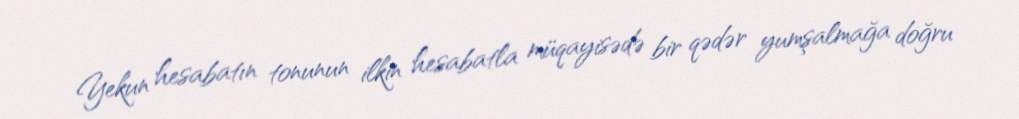
Yekun hesabatın tonunun ilkin hesabatla müqayisədə bir qədər yumşalmağa doğru